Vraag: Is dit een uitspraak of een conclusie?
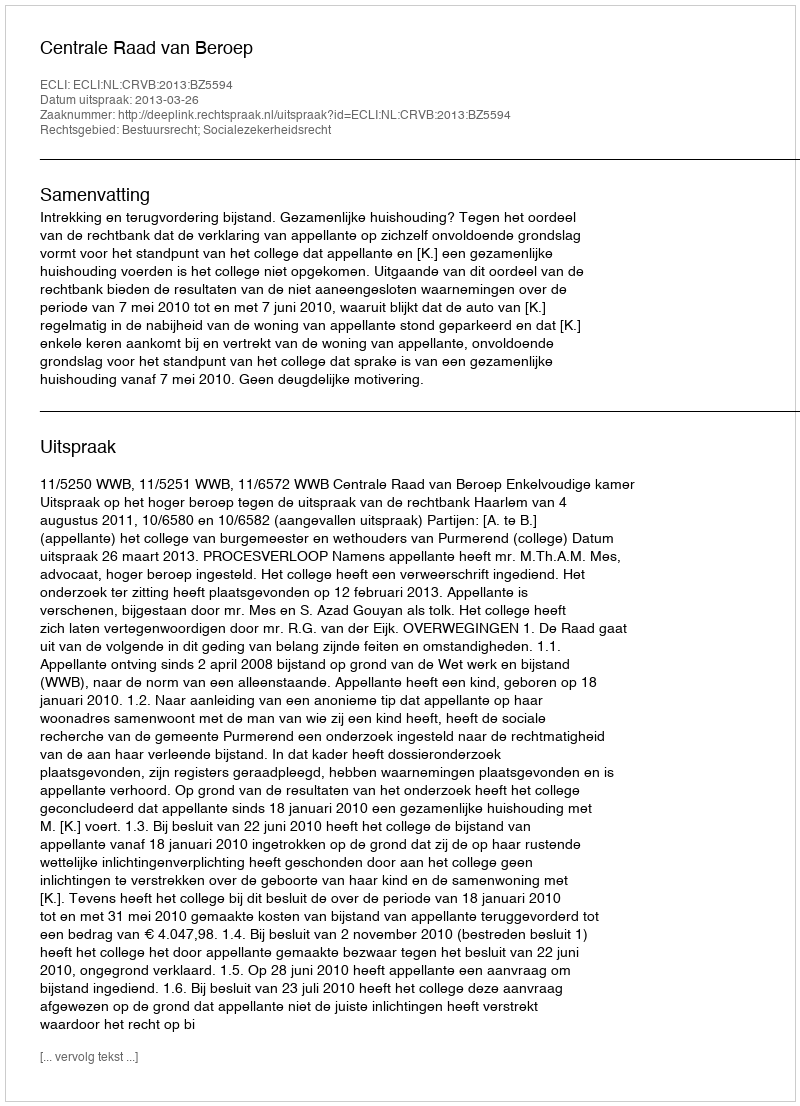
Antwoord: Uitspraak